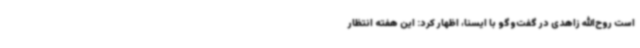
است روح‌الله زاهدی در گفت‌وگو با ایسنا، اظهار کرد: این هفته انتظار